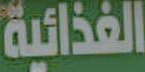
الغذائية